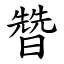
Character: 㬱